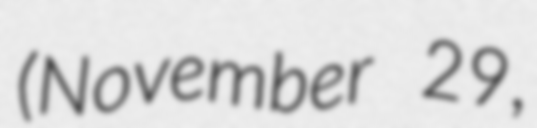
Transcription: (November 29,